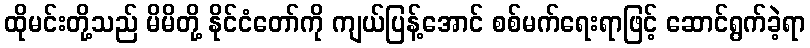
ထိုမင်းတို့သည် မိမိတို့ နိုင်ငံတော်ကို ကျယ်ပြန့်အောင် စစ်မက်ရေးရာဖြင့် ဆောင်ရွက်ခဲ့ရာ